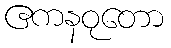
ဧကနဝုတော